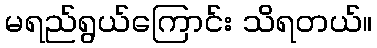
မရည်ရွယ်ကြောင်း သိရတယ်။